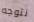
نتوجه